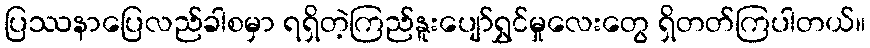
ပြဿနာပြေလည်ခါစမှာ ရရှိတဲ့ကြည်နူးပျော်ရွှင်မှုလေးတွေ ရှိတတ်ကြပါတယ်။